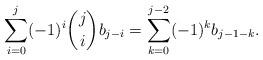
\begin{align*}\sum_{i=0}^j (-1)^i \binom{j}{i}b_{j-i}=\sum_{k=0}^{j-2}(-1)^k b_{j-1-k}.\end{align*}